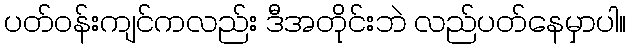
ပတ်ဝန်းကျင်ကလည်း ဒီအတိုင်းဘဲ လည်ပတ်နေမှာပါ။